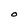
Character: O